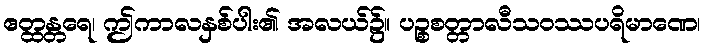
ဧတ္ထန္တရေ၊ ဤကာလနှစ်ပါး၏ အလယ်၌။ ပဉ္စစတ္တာလီသဝဿပရိမာဏေ၊